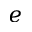
e